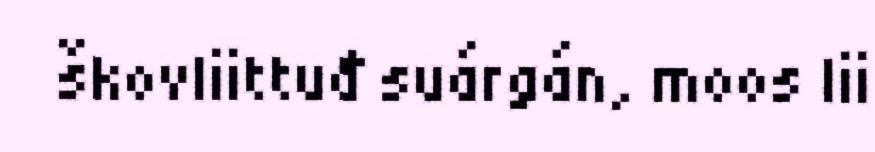
škovliittuđ suárgán, moos lii